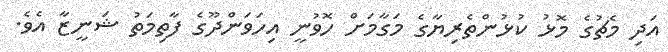
އަދި މެޗުގެ މޮޅު ކުޅުންތެރިޔާގެ މަގާމަށް ހޮވުނީ އިހަވަންދޫގެ ފާތިމަތު ޝަނީޒާ އެވެ.